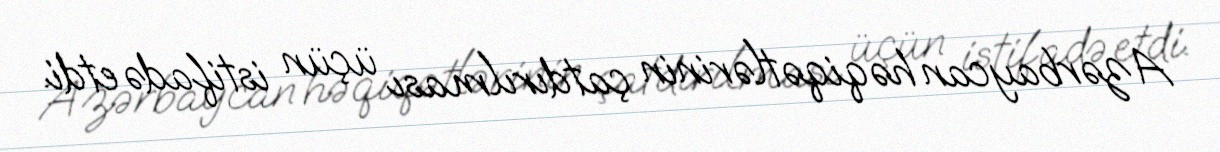
Azərbaycan həqiqətlərinin çatdırılması üçün istifadə etdi.